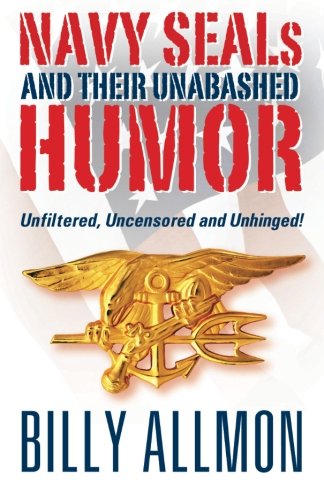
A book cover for Navy SEALs and Their Unabashed Humor: Unfiltered, Uncensored and Unhinged; Billy Allmon; Humor & Entertainment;